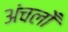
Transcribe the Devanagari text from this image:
अंचलोँ